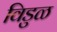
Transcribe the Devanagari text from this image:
विडुळ